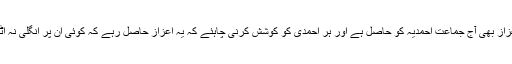
پس یہ اعزاز بھی آج جماعت احمدیہ کو حاصل ہے اور ہر احمدی کو کوشش کرنی چاہئے کہ یہ اعزاز حاصل رہے کہ کوئی اُن پر انگلی نہ اُٹھا سکے۔